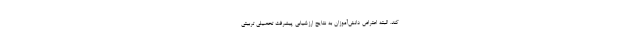
کند. البته اعتراض دانش‌آموزان به نتایج ارزشیابی پیشرفت تحصیلی تربیتی